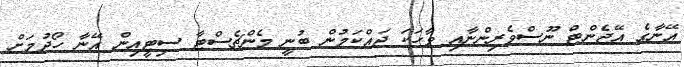
އޭނާގެ އޭޖެންޓް ނޫސްވެރިންނާއި ވާހަކަ ދައްކަމުން ބުނީ މެންޗެސްޓާ ސިޓީއިން އޭނާ ހޯދުމަށް